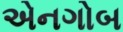
એનગોબ